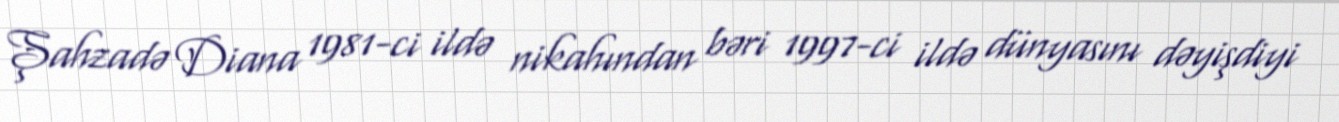
Şahzadə Diana 1981-ci ildə nikahından bəri 1997-ci ildə dünyasını dəyişdiyi